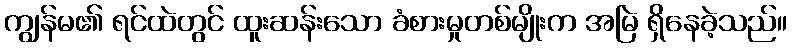
ကျွန်မ၏ ရင်ထဲတွင် ထူးဆန်းသော ခံစားမှုတစ်မျိုးက အမြဲ ရှိနေခဲ့သည်။